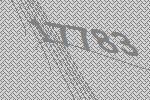
17783